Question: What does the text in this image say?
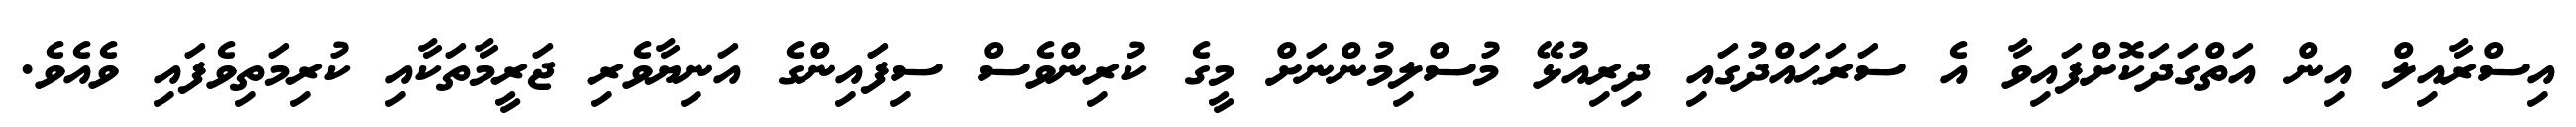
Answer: އިސްރާއިލް އިން އަތްގަދަކޮށްފައިވާ އެ ސަރަޙައްދުގައި ދިރިއުޅޭ މުސްލިމުންނަށް މީގެ ކުރިންވެސް ސިފައިންގެ އަނިޔާވެރި ޖަރީމާތަކާއި ކުރިމަތިވެފައި ވެއެވެ.